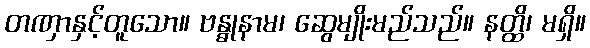
တဏှာနှင့်တူသော။ ဗန္ဓုနာမ၊ ဆွေမျိုးမည်သည်။ နတ္ထိ၊ မရှိ။